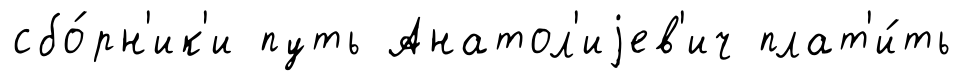
сбо́рн'ик'и путь Анатол'иjев'ич плат'и́ть